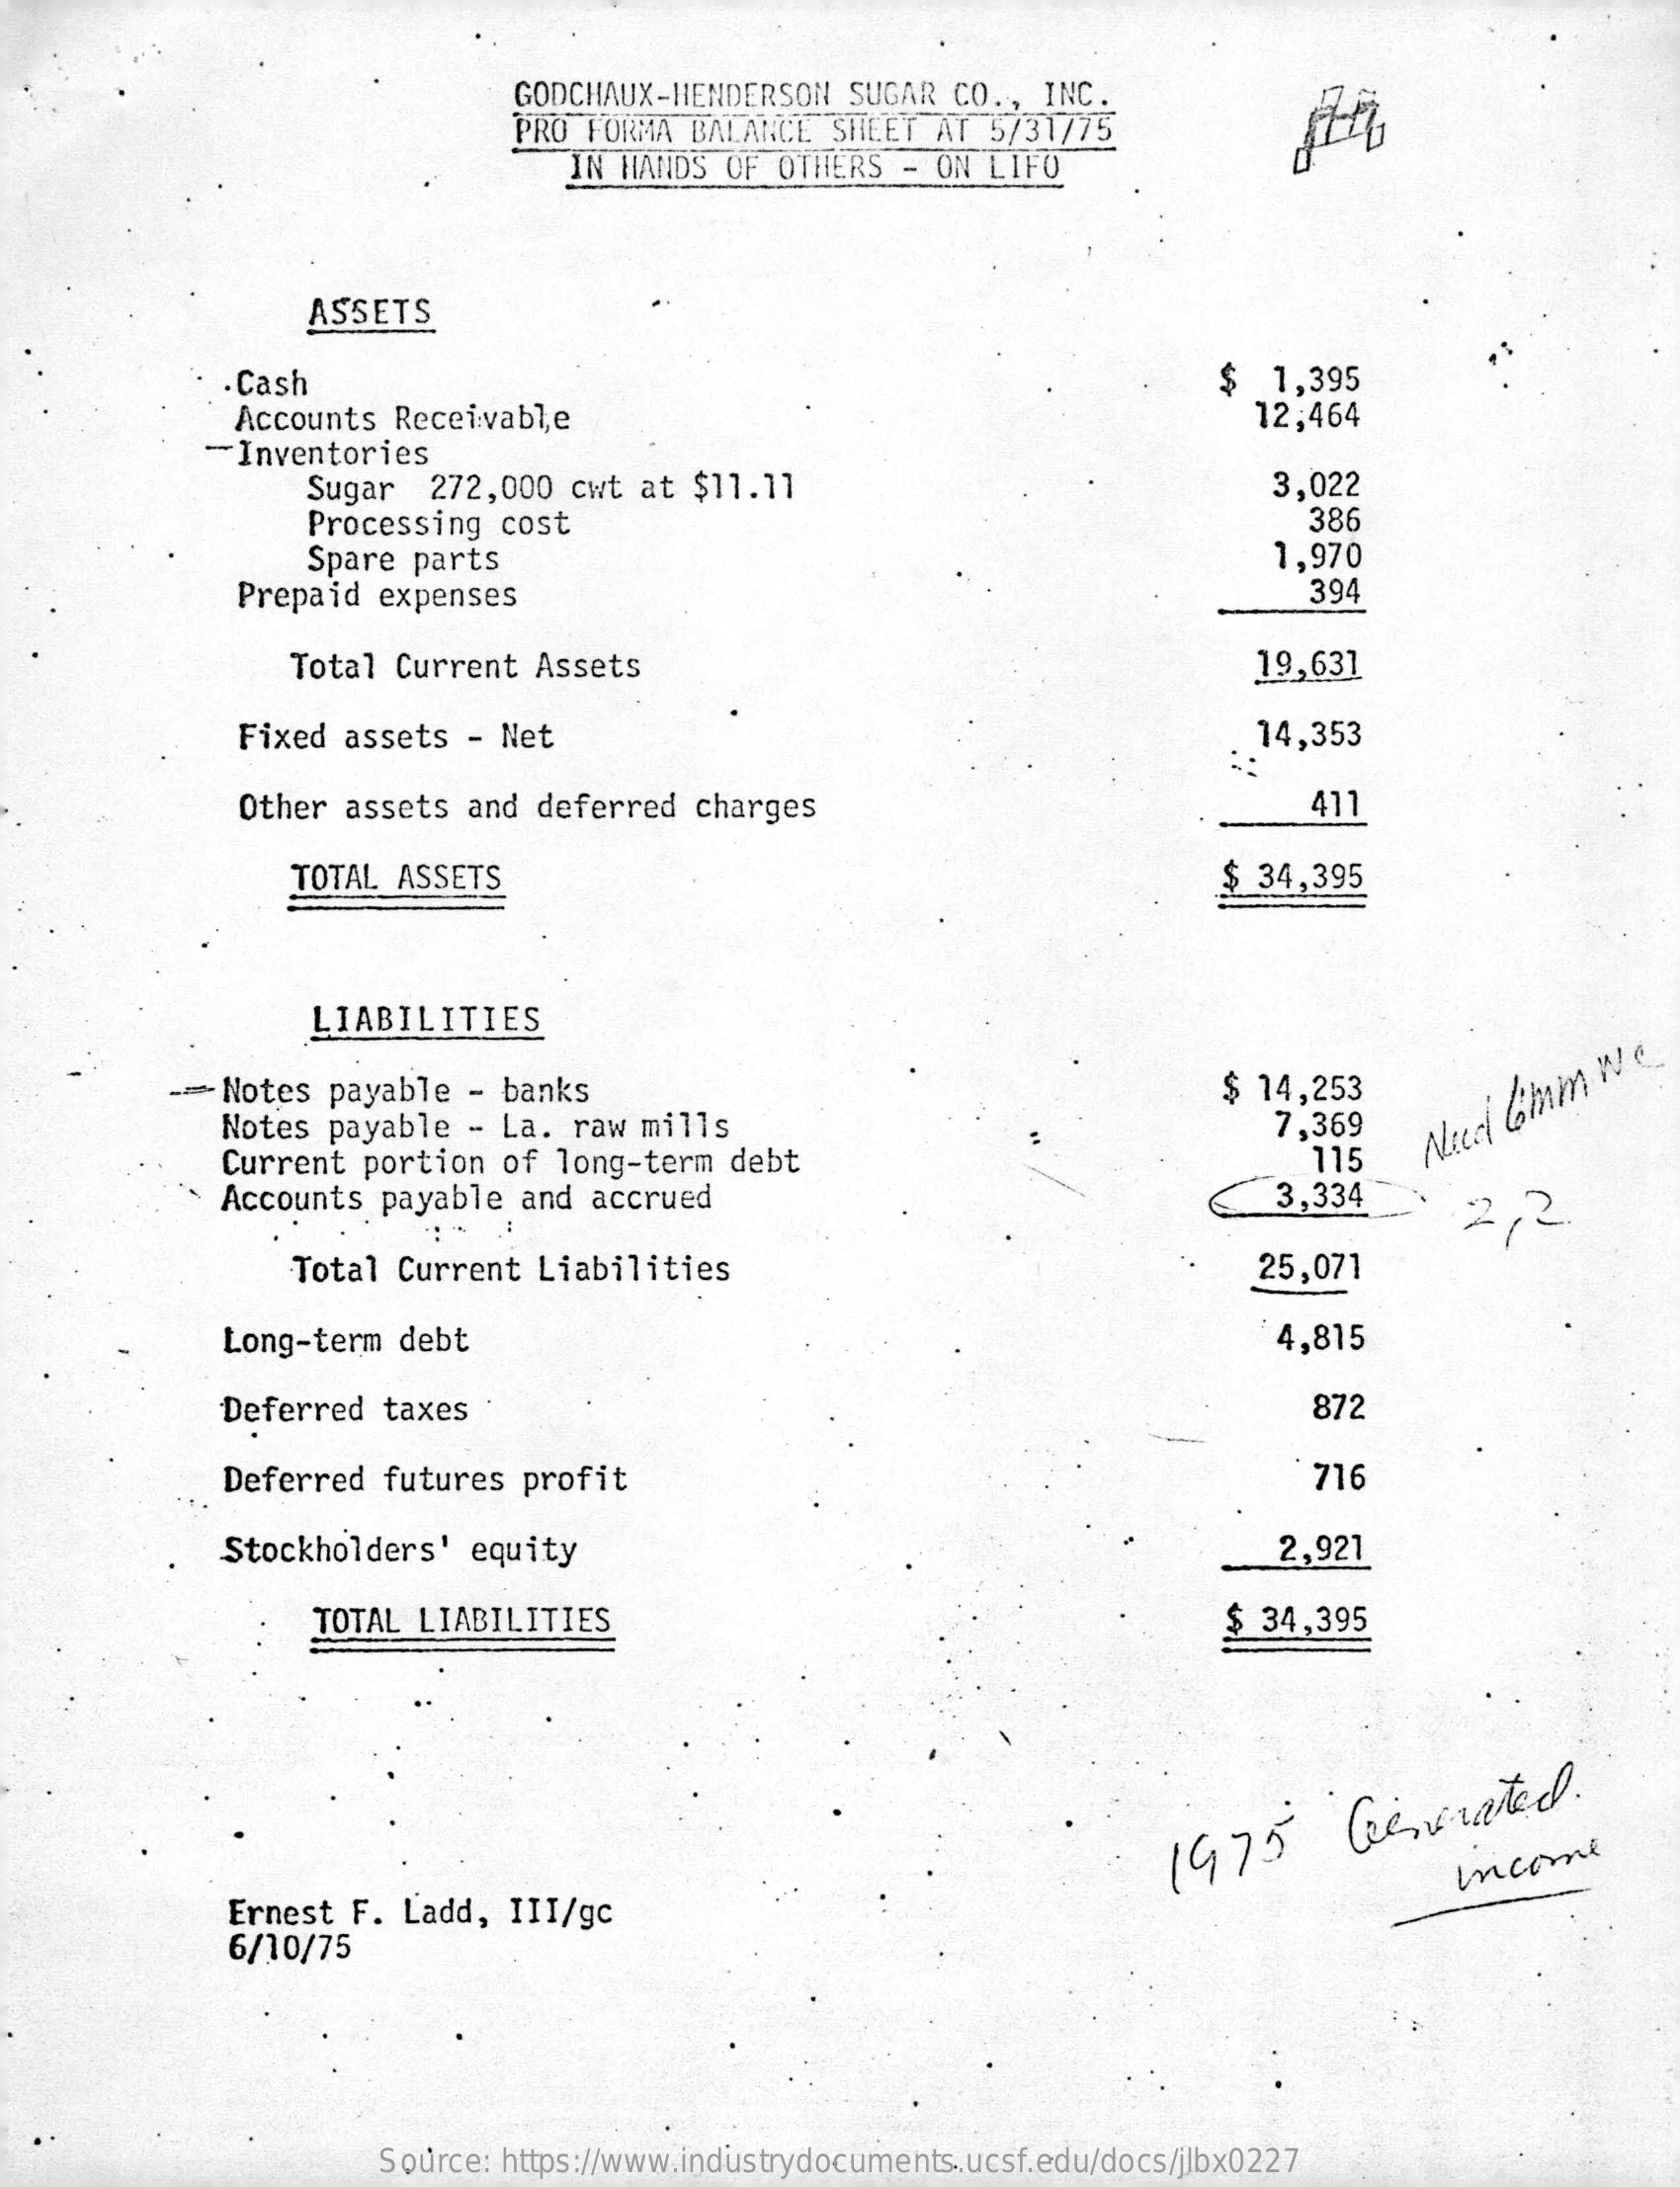
GODCHAUX-HENDERSON   SUGAR  CO ., INC.
     PRO  FORMA BALANCE  SHEET  AT  5/31775
     IN HANDS  OF OTHERS  - ON LIFO
     ASSETS
     .Cash
     Accounts  Receivable
     $   1,395
     -Inventories
     12,464
     Sugar   272,000  cwt at $11.11
     Processing  cost
     3,022
     386
     Spare parts    1,970
     Prepaid  expenses    394
     Total Current  Assets    19,631
     Fixed  assets  - Net    14,353
     Other  assets  and deferred   charges    411
     TOTAL ASSETS    $ 34,395
     LIABILITIES
     --- Notes payable  - banks    $ 14,253
     Notes payable  - La.  raw mills    7,369
     Current  portion  of  long-term  debt    115
     Niech Comm
     We
     Accounts  payable  and  accrued    3,334
     2,2
     Total Current  Liabilities    25,071
     Long-term  debt    4,815
     Deferred   taxes    872
     Deferred  futures profit    716
     Stockholders'  equity    2,921
     TOTAL  LIABILITIES    $ 34,395
     1975
     Generated.
     Ernest F.  Ladd,  III/gc
     Income
     6/10/75
     Source: https://www.industrydocuments.ucsf.edu/docs/jlbx0227